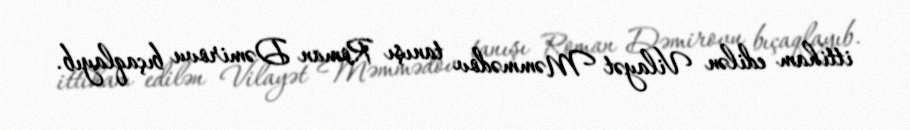
ittiham edilən Vilayət Məmmədov tanışı Roman Dəmirovu bıçaqlayıb.